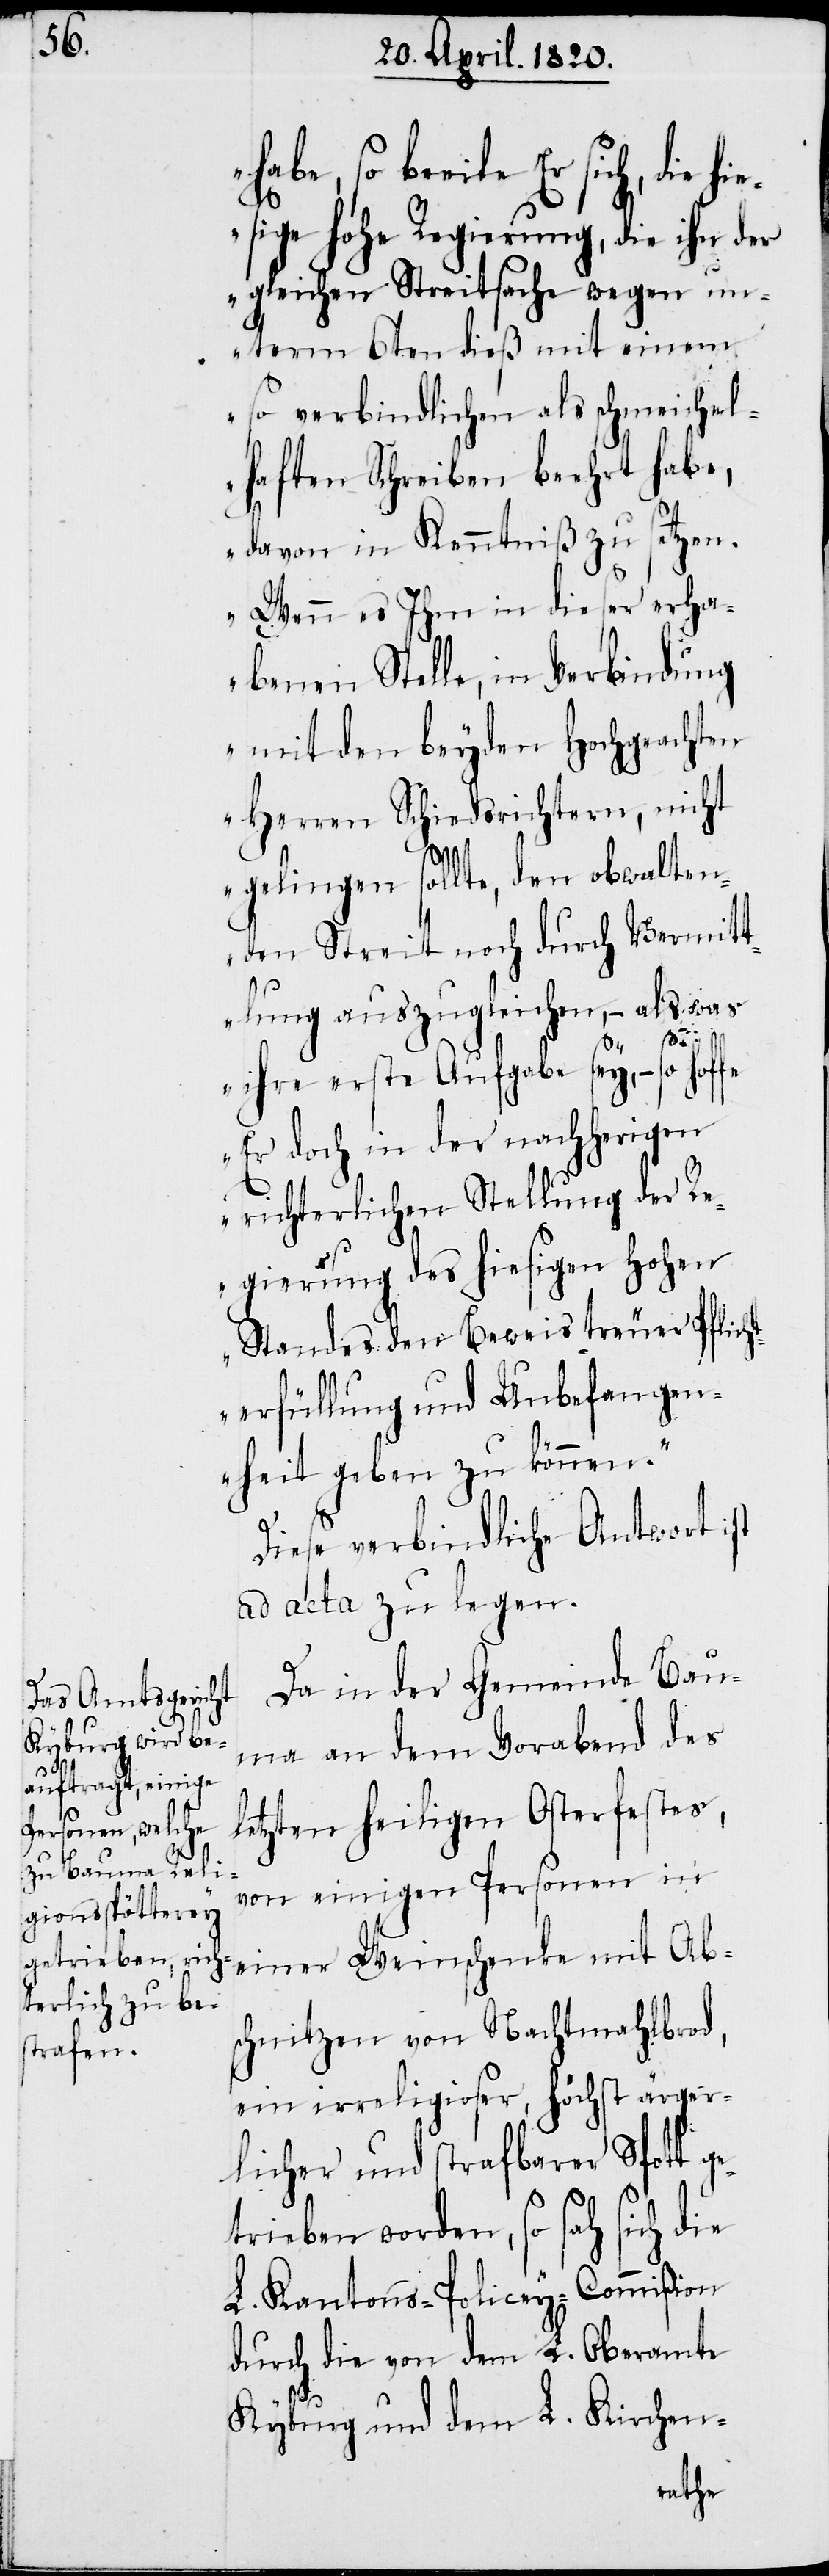
hi¬

beeile Er sich, die
esige Hohe Regierung, die ihr der
gleichen Streitsache wegen un¬
term 6ten dieß mit einem
so verbindlichen als schmeichel¬
haften Schreiben beehrte habe,
davon in Kenntniß zu setzen.
Wenn es Ihm in dieser erha¬
benen Stelle, in Verbindung
mit den beyden Hochgeachten
Herren Schiedsrichtern, nicht
gelingen sollte, den obwalten¬
den Streit noch durch Vermit¬
tlung auszugleichen, – als was
ihre erste Aufgabe sey, – so hoffe
Er doch in der nachherigen
richterlichen Stellung der Re¬
gierung des hiesigen Hohen
Standes den Beweis treuer Pflich¬
terfüllung und Unbefangen¬
heit geben zu können.“
Diese verbindliche Antwort ist
ad acta zu legen.
Da in der Gemeinde Bau¬
ma an dem Vorabend des
letzten heiligen Osterfestes,
von einigen Personen in
einer Weinschenke mit Ab¬
schnitzen von Nachtmahlbrod,
ein irreligioser, höchst ärger¬
licher und strafbarer Spott g¬
etrieben worden, so sah sich die
L. Kantons-Policey-Commiβion
durch die von dem L. Oberamte
Kyburg und dem L. Kirchen-